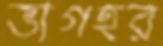
ভাগহর